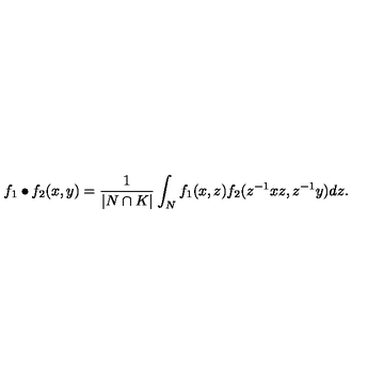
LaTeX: f _ { 1 } \bullet f _ { 2 } ( x , y ) = \frac { 1 } { | N \cap K | } \int _ { N } f _ { 1 } ( x , z ) f _ { 2 } ( z ^ { - 1 } x z , z ^ { - 1 } y ) d z .